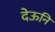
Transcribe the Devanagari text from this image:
देऊनि